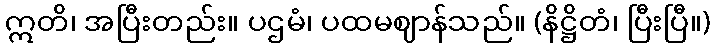
ဣတိ၊ အပြီးတည်း။ ပဌမံ၊ ပထမဈာန်သည်။ (နိဋ္ဌိတံ၊ ပြီးပြီ။)